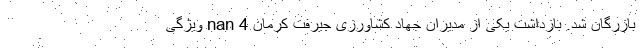
بازرگان شد. بازداشت یکی از مدیران جهاد کشاورزی جیرفت کرمان nan 4 ویژگی